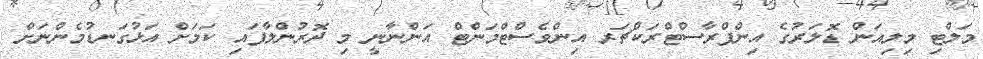
މަލްޓި މިލިއަން ޑޮލަރުގެ އިންފްރާސްޓްރަކްޗަރ އިންވެސްޓްމަންޓް އަންނާނީ މި ދޮރުންލާފައި ކަމަށް އަޅުގަނޑުމެންނަށް